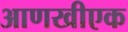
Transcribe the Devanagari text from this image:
आणखीएक